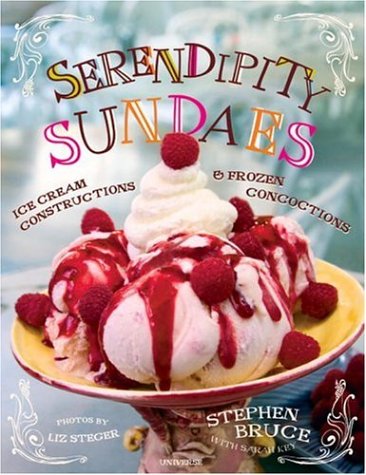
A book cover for Serendipity Sundaes: Ice Cream Constructions and Frozen Concoctions; Stephen Bruce; Cookbooks, Food & Wine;